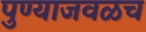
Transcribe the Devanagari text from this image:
पुण्याजवळच